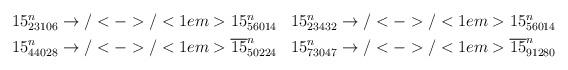
LaTeX: \begin{align*}\begin{aligned} 15^n_{23106} &\to/<->/<1em> 15^n_{56014} & 15^n_{23432} &\to/<->/<1em> 15^n_{56014} \\ 15^n_{44028} &\to/<->/<1em> \overline{15}^n_{50224} & 15^n_{73047} &\to/<->/<1em> \overline{15}^n_{91280}\end{aligned}\end{align*}